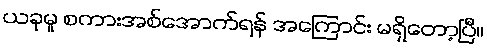
ယခုမူ စကားအစ်အောက်ရန် အကြောင်း မရှိတော့ပြီ။